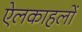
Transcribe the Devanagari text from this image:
ऐलकाहलों